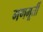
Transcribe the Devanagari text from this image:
गणमूर्ती